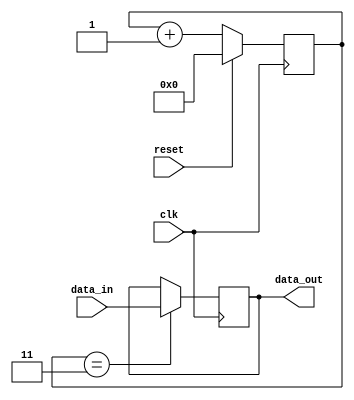
module synchronizer (
    input wire clk,
    input wire reset,
    input wire data_in,
    output reg data_out
);

reg [3:0] sync_signals;

// Timing control block
always @ (posedge clk) begin
    if (reset) begin
        sync_signals <= 4'b0000;
    end else begin
        sync_signals <= sync_signals + 1;
    end
end

// Synchronization block
always @ (posedge clk) begin
    if (sync_signals == 4'b0011) begin
        data_out <= data_in;
    end
end

endmodule